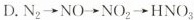
D.$$N_{2}\rightarrow NO\rightarrow NO_{2}\rightarrow HNO_{3}$$